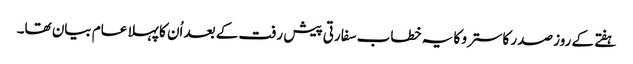
ہفتے کے روز صدر کاسترو کا یہ خطاب سفارتی پیش رفت کے بعد اُن کا پہلا عام بیان تھا۔